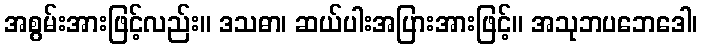
အစွမ်းအားဖြင့်လည်း။ ဒသဓာ၊ ဆယ်ပါးအပြားအားဖြင့်။ အသုဘပဘေဒေါ၊